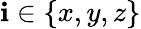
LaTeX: \mathbf{i}\in\{ x,y,z\}